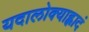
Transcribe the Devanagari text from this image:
यदालोक्याह्लादं